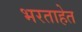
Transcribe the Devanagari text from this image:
भरताहेत